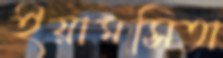
ইয়ামসিতা